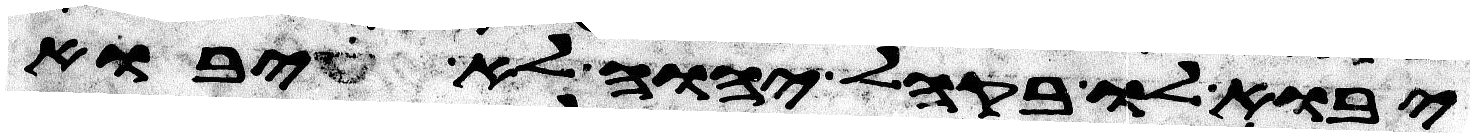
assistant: יבוא לו בקהל יהוה לא יבוא